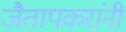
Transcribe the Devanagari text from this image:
जैतापकरांनी